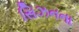
સિઝનના